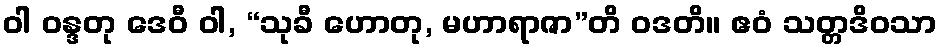
ဝါ ဝန္ဒတု ဒေဝီ ဝါ, “သုခီ ဟောတု, မဟာရာဇာ”တိ ဝဒတိ။ ဧဝံ သတ္တဒိဝသာ